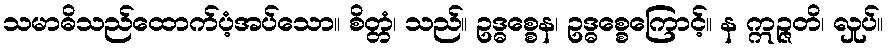
သမာဓိသည်ထောက်ပံ့အပ်သော။ စိတ္တံ၊ သည်။ ဥဒ္ဓစ္စေန၊ ဥဒ္ဓစ္စေကြောင့်။ န ဣဉ္ဇတိ၊ လှုပ်။